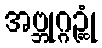
အဗ္ဘုဂ္ဂဉ္ဆုံ